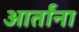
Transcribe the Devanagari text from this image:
आर्तांना